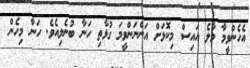
އެހެންވީމާ މާލެ އައިސް މިކޮޅަށް އަންނަންވީމަ ގުޅާތި ހަނާ ބުނެލިއެވެ. ހަނާ މިހެން